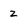
Character: z